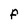
Character: F